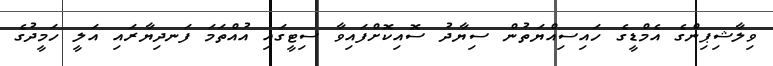
ވިލާޝިޕިންގެ އެމްޑީގެ ހައިސިއްޔަތުން ސިޔާދު ސޮއިކޮށްފައިވާ ސިޓީގައި އުއްތަމަ ފަނދިޔާރައި އަލީ ހަމީދުގެ